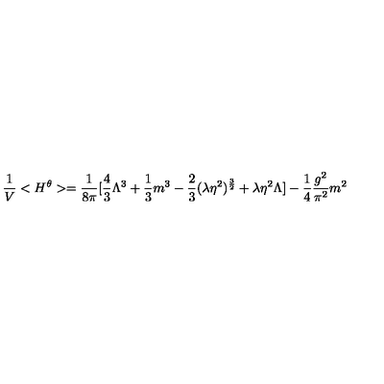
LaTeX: \frac { 1 } { V } < H ^ { \theta } > = \frac { 1 } { 8 \pi } [ \frac { 4 } { 3 } \Lambda ^ { 3 } + \frac { 1 } { 3 } m ^ { 3 } - \frac { 2 } { 3 } ( \lambda \eta ^ { 2 } ) ^ { \frac { 3 } { 2 } } + \lambda \eta ^ { 2 } \Lambda ] - \frac { 1 } { 4 } \frac { g ^ { 2 } } { \pi ^ { 2 } } m ^ { 2 }